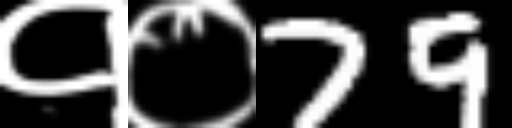
Text: १०79